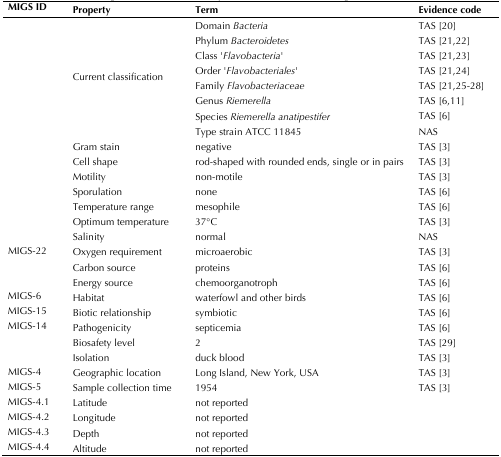
| MIGS ID | Property | Term | Evidence code |
 | --- | --- | --- | --- |
 | <ROWSPAN=8>  | <ROWSPAN=8> Current classification | Domain Bacteria | TAS [20] |
 | Phylum Bacteroidetes | TAS [21,22] |
 | Class 'Flavobacteria' | TAS [21,23] |
 | Order 'Flavobacteriales' | TAS [21,24] |
 | Family Flavobacteriaceae | TAS [21,25-28] |
 | Genus Riemerella | TAS [6,11] |
 | Species Riemerella anatipestifer | TAS [6] |
 | Type strain ATCC 11845 | NAS |
 |  | Gram stain | negative | TAS [3] |
 |  | Cell shape | rod-shaped with rounded ends, single or in pairs | TAS [3] |
 |  | Motility | non-motile | TAS [3] |
 |  | Sporulation | none | TAS [6] |
 |  | Temperature range | mesophile | TAS [6] |
 |  | Optimum temperature | 37°C | TAS [3] |
 |  | Salinity | normal | NAS |
 | MIGS-22 | Oxygen requirement | microaerobic | TAS [3] |
 |  | Carbon source | proteins | TAS [6] |
 |  | Energy source | chemoorganotroph | TAS [6] |
 | MIGS-6 | Habitat | waterfowl and other birds | TAS [6] |
 | MIGS-15 | Biotic relationship | symbiotic | TAS [6] |
 | MIGS-14 | Pathogenicity | septicemia | TAS [6] |
 |  | Biosafety level | 2 | TAS [29] |
 |  | Isolation | duck blood | TAS [3] |
 | MIGS-4 | Geographic location | Long Island, New York, USA | TAS [3] |
 | MIGS-5 | Sample collection time | 1954 | TAS [3] |
 | MIGS-4.1 | Latitude | not reported |  |
 | MIGS-4.2 | Longitude | not reported |  |
 | MIGS-4.3 | Depth | not reported |  |
 | MIGS-4.4 | Altitude | not reported |  |